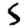
Digit: 5